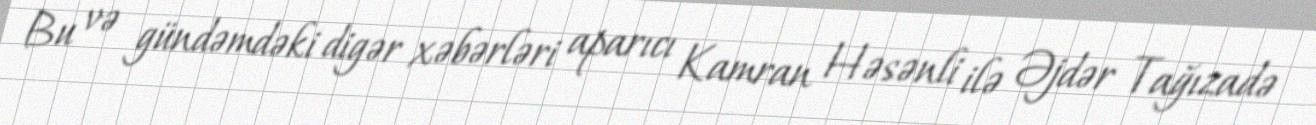
Bu və gündəmdəki digər xəbərləri aparıcı Kamran Həsənli ilə Əjdər Tağızadə